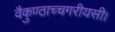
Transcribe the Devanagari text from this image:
वैकुण्ठाच्चगरीयसी।